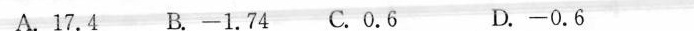
A.17.4 B.-1.74C.0.6 D.-0.6